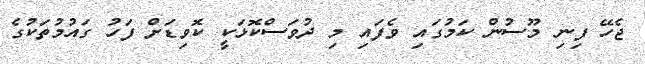
ޖެހޭ ފިނި މޫސުން ކަމުގައި ވެފައި މި ދުވަސްކޮޅަކީ ކޮވިޑަށް ފަހު ގައުމުތަކުގެ